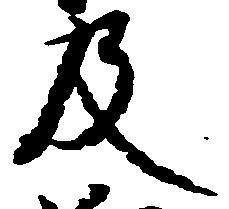
及